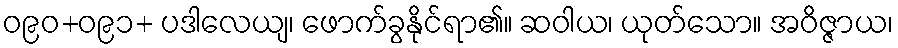
ဝ၉၀+ဝ၉၁+ ပဒါလေယျ၊ ဖောက်ခွနိုင်ရာ၏။ ဆဝါယ၊ ယုတ်သော။ အဝိဇ္ဇာယ၊